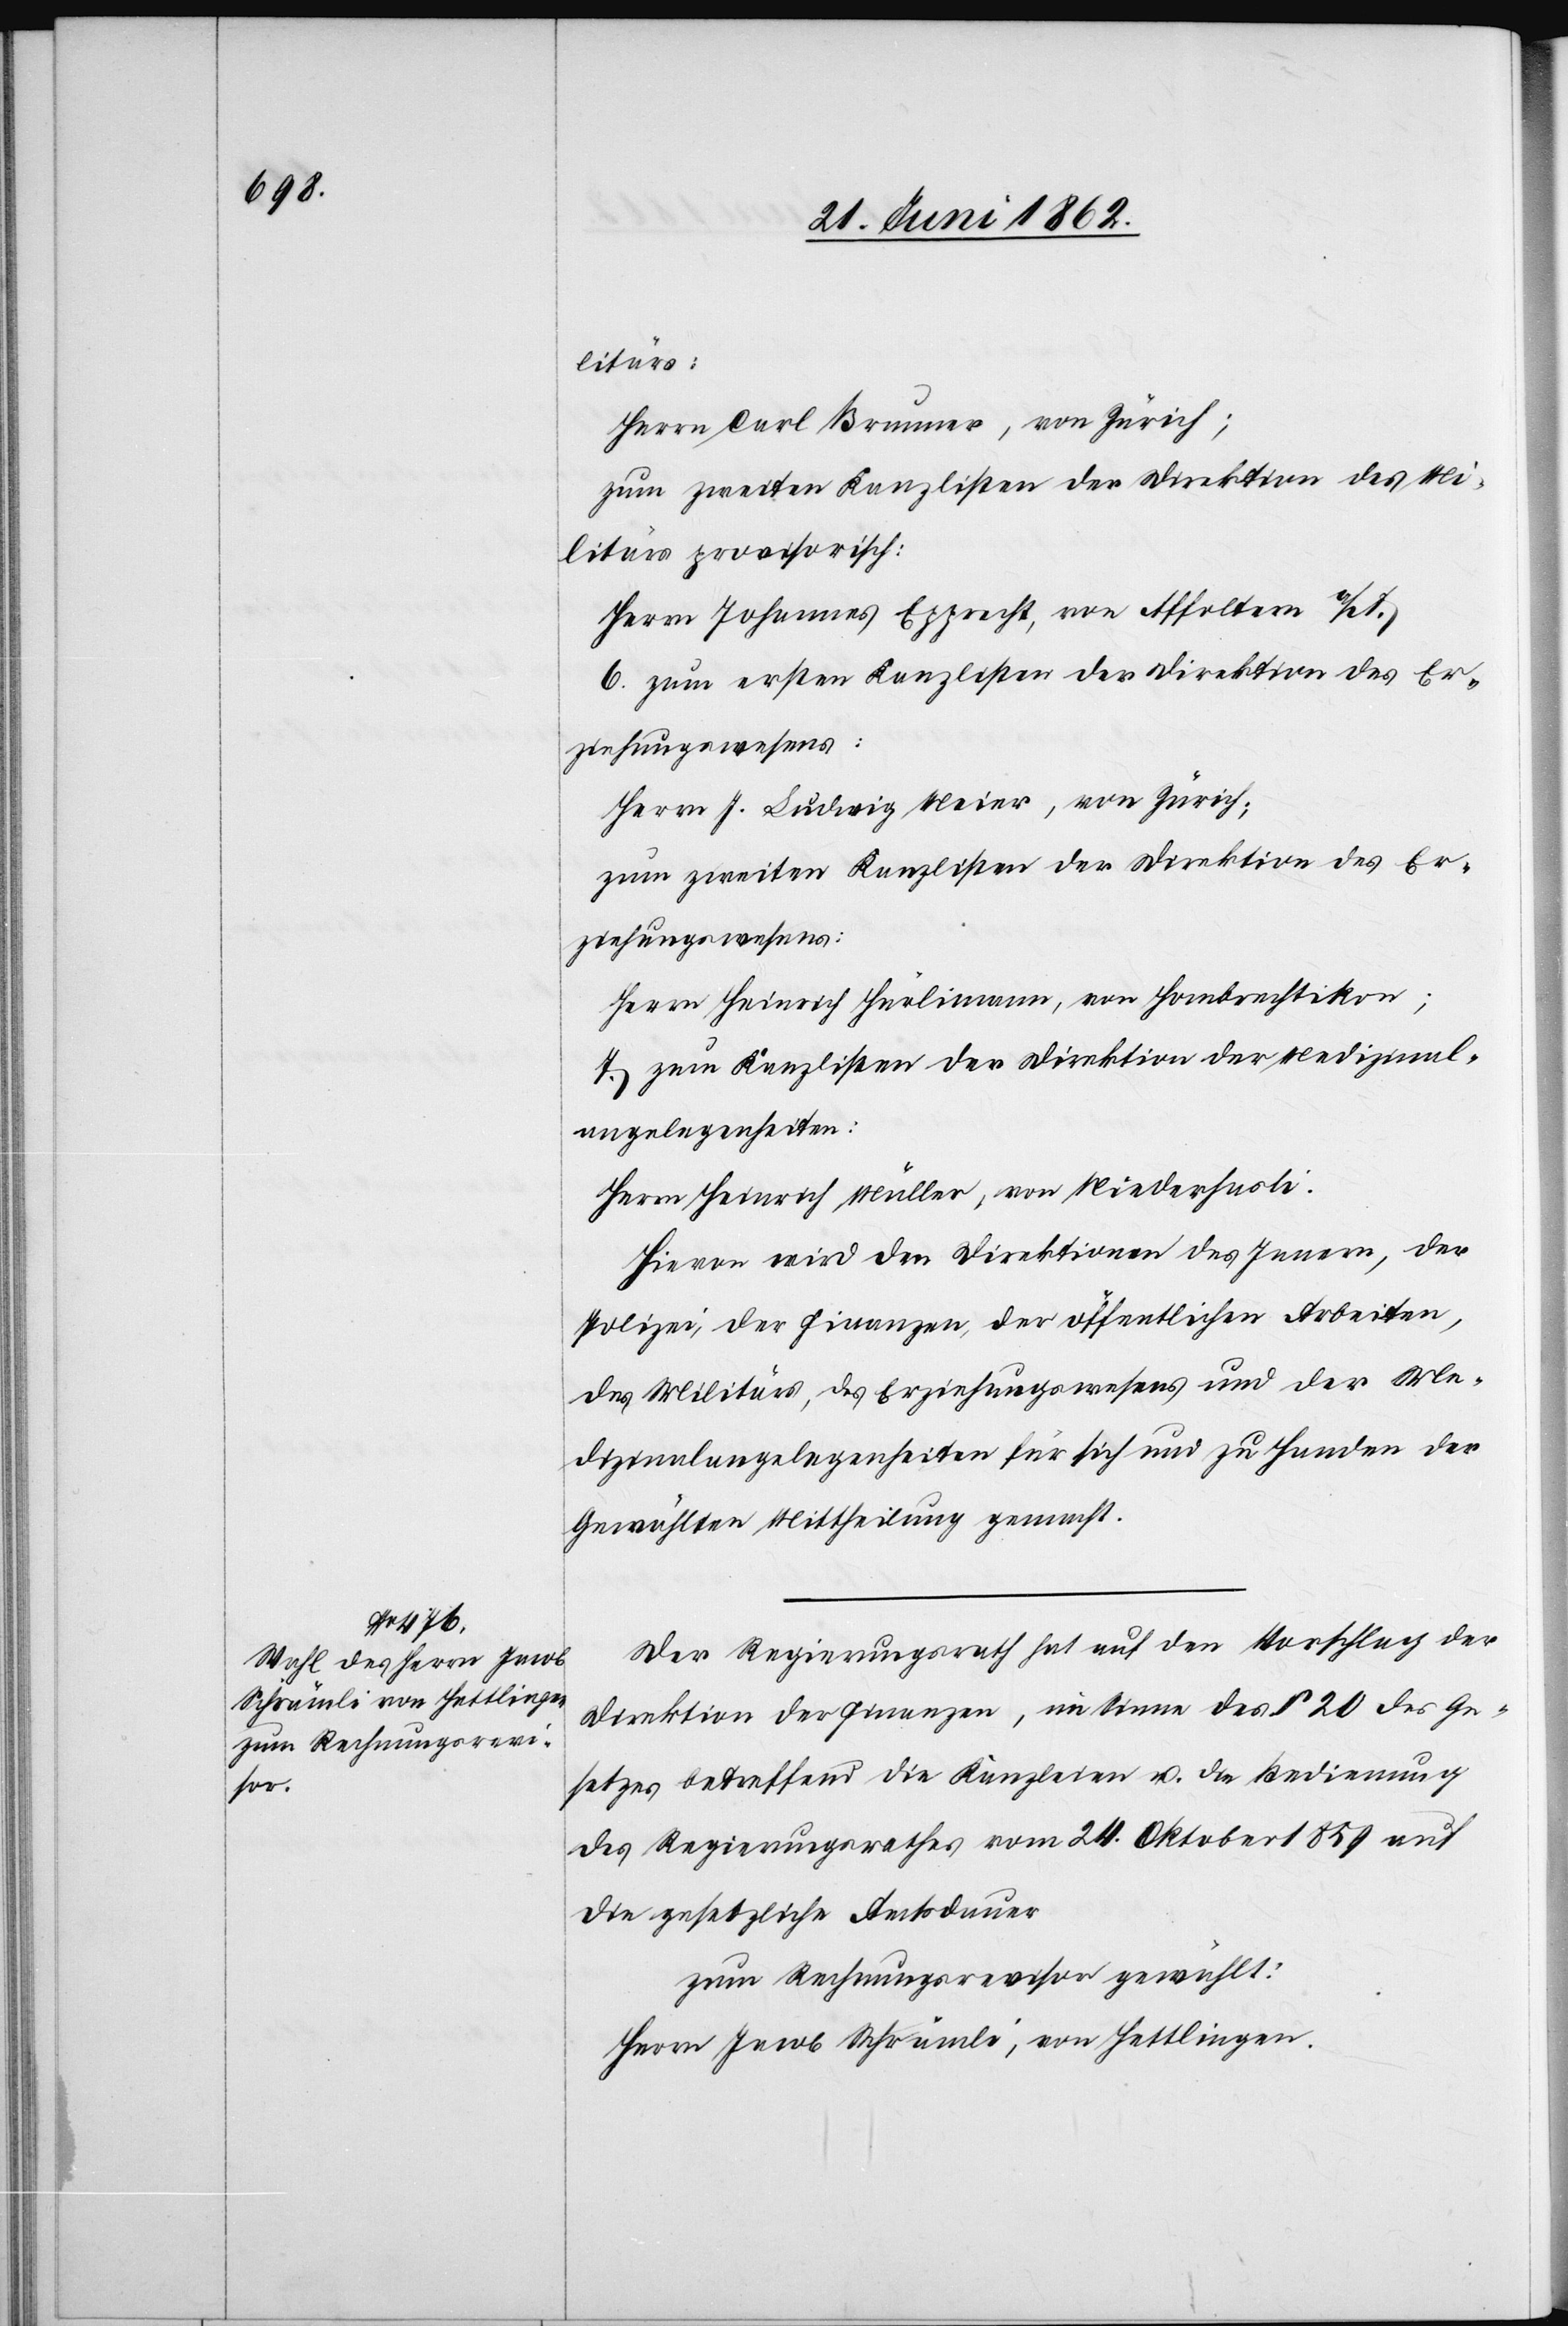
litärs:
Herrn Carol Brunner, von Zürich;
zum zweiten Kanzlisten der Direktion des Mi¬
litärs provisorisch:
Herrn Johannes Epprecht, von Affoltern a/A.
6. zum ersten Kanzlisten der Direktion des Er¬
ziehungswesens:
Herrn J. Ludwig Meier, von Zürich;
zum zweiten Kanzlisten der Direktion des Er¬
ziehungswesens:
Herrn Heinrich Hürlimann, von Hombrechtikon;
7. zum Kanzlisten der Direktion der Medizinal¬
angelegenheiten:
Herrn Heinrich Müller, von Niederhasli.
Hievon wird den Direktionen des Innern, der
Polizei, der Finanzen, der öffentlichen Arbeiten,
des Militärs, des Erziehungswesens und der Me¬
dizinalangelegenheiten für sich und zu Handen der
Gewählten Mittheilung gemacht.
Der Regierungsrath hat auf den Vorschlag der
Direktion der Finanzen, im Sinne des § 20 des Ge¬
setzes betreffend die Kanzleien u. die Bedienung
des Regierungsrathes vom 24. Oktober 1859 auf
die gesetzliche Amtsdauer
zum Rechnungsrevisor gewählt:
Herrn Jacob Schrämli, von Hettlingen.